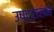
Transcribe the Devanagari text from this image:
उष्ट्रासन